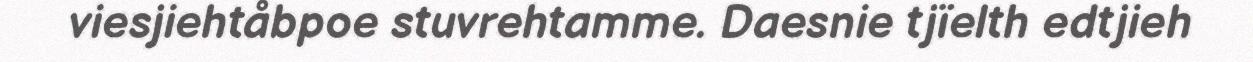
viesjiehtåbpoe stuvrehtamme. Daesnie tjïelth edtjieh